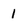
Character: l